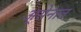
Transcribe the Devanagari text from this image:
अ्सेनात